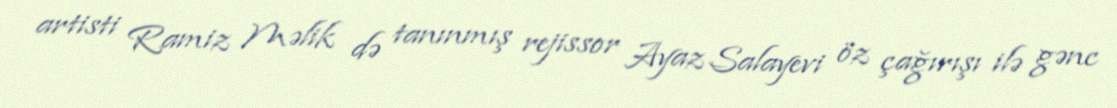
artisti Ramiz Məlik də tanınmış rejissor Ayaz Salayevi öz çağırışı ilə gənc